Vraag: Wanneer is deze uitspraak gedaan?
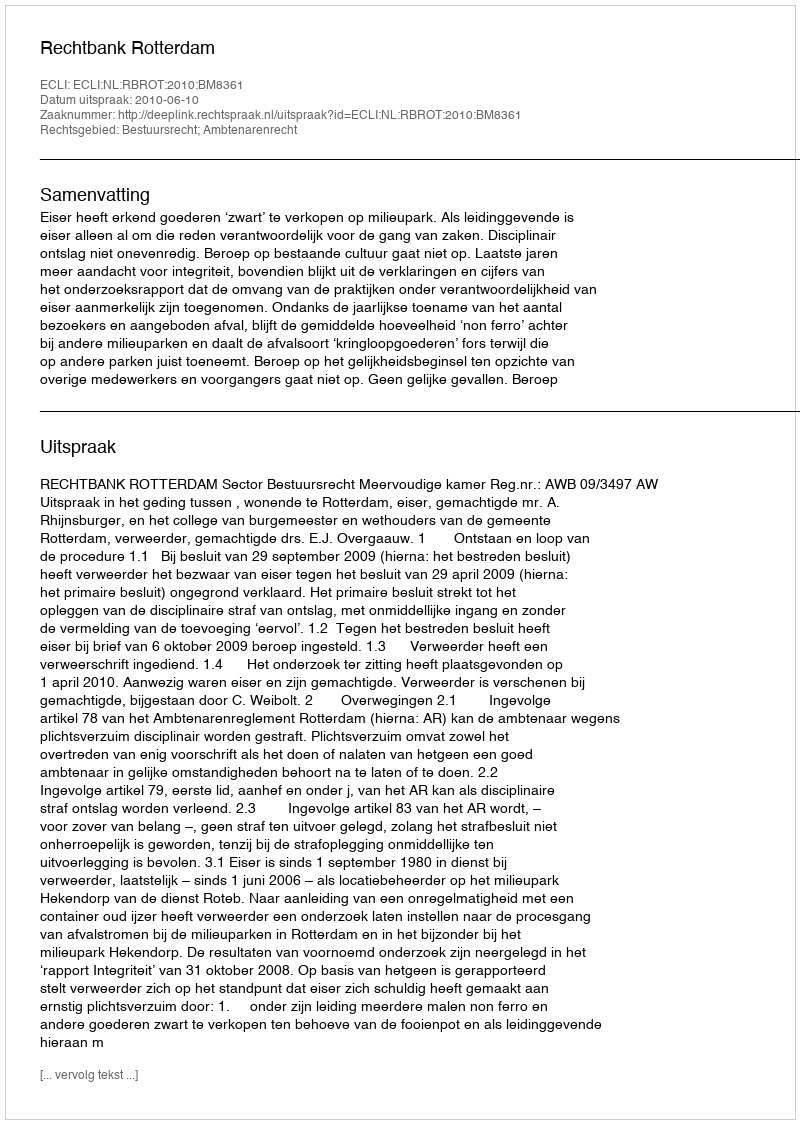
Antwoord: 2010-06-10